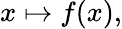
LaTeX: x\mapsto f(x),